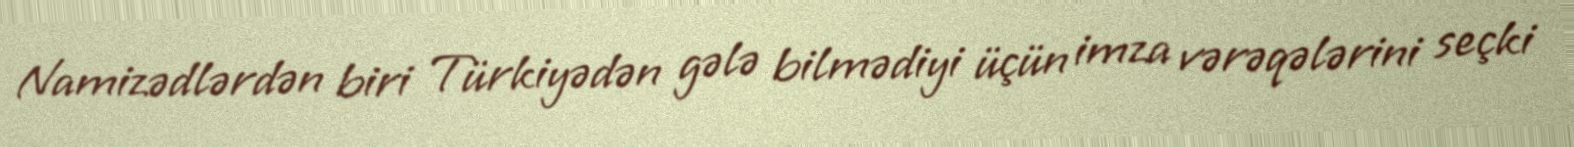
Namizədlərdən biri Türkiyədən gələ bilmədiyi üçün imza vərəqələrini seçki